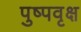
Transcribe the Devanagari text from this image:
पुष्पवृक्ष